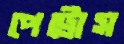
পেট্রোস